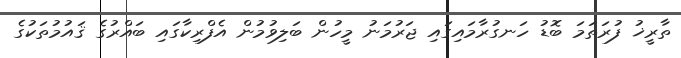
ތާރީޚު ފުރަތަމަ ބޮޑު ހަނގުރާމައިގައި ޖަރުމަނު މީހުން ބަލިވުމުން އެފްރިކާގައި ބައްރުގެ ޤައުމުތަކުގެ